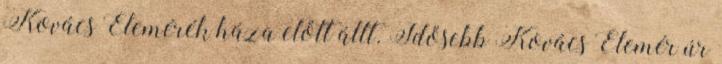
Kovács Elemérék háza előtt állt. Idősebb Kovács Elemér úr